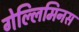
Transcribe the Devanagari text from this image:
गेल्‍लिमिनस